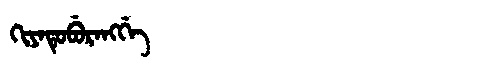
Manchu: ᡴᡳᠶᠠᡨᡠᠪᡠᡵᠠᠩᡤᡝ
Romanization: KIYATUBURANGGE